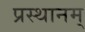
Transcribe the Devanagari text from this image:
प्रस्थानम्